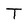
Character: T